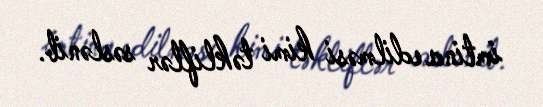
imtina edilməsi kimi təkliflər səslənib.